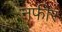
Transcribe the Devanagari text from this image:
नफीर